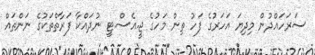
ސަރަހައްދުން މިދިޔަ އަހަރުގެ ފަހު ތިން މަހުގެ ޖީ.އެސް.ޓީ ނުދައްކާ ފަރާތްތަކުގެ ނަންތައް